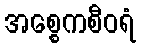
အစ္စေကစီဝရံ